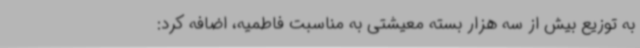
به توزیع بیش از سه هزار بسته معیشتی به مناسبت فاطمیه، اضافه کرد: